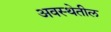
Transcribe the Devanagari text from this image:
अवस्‍थेतील